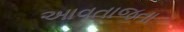
આવતાજતા